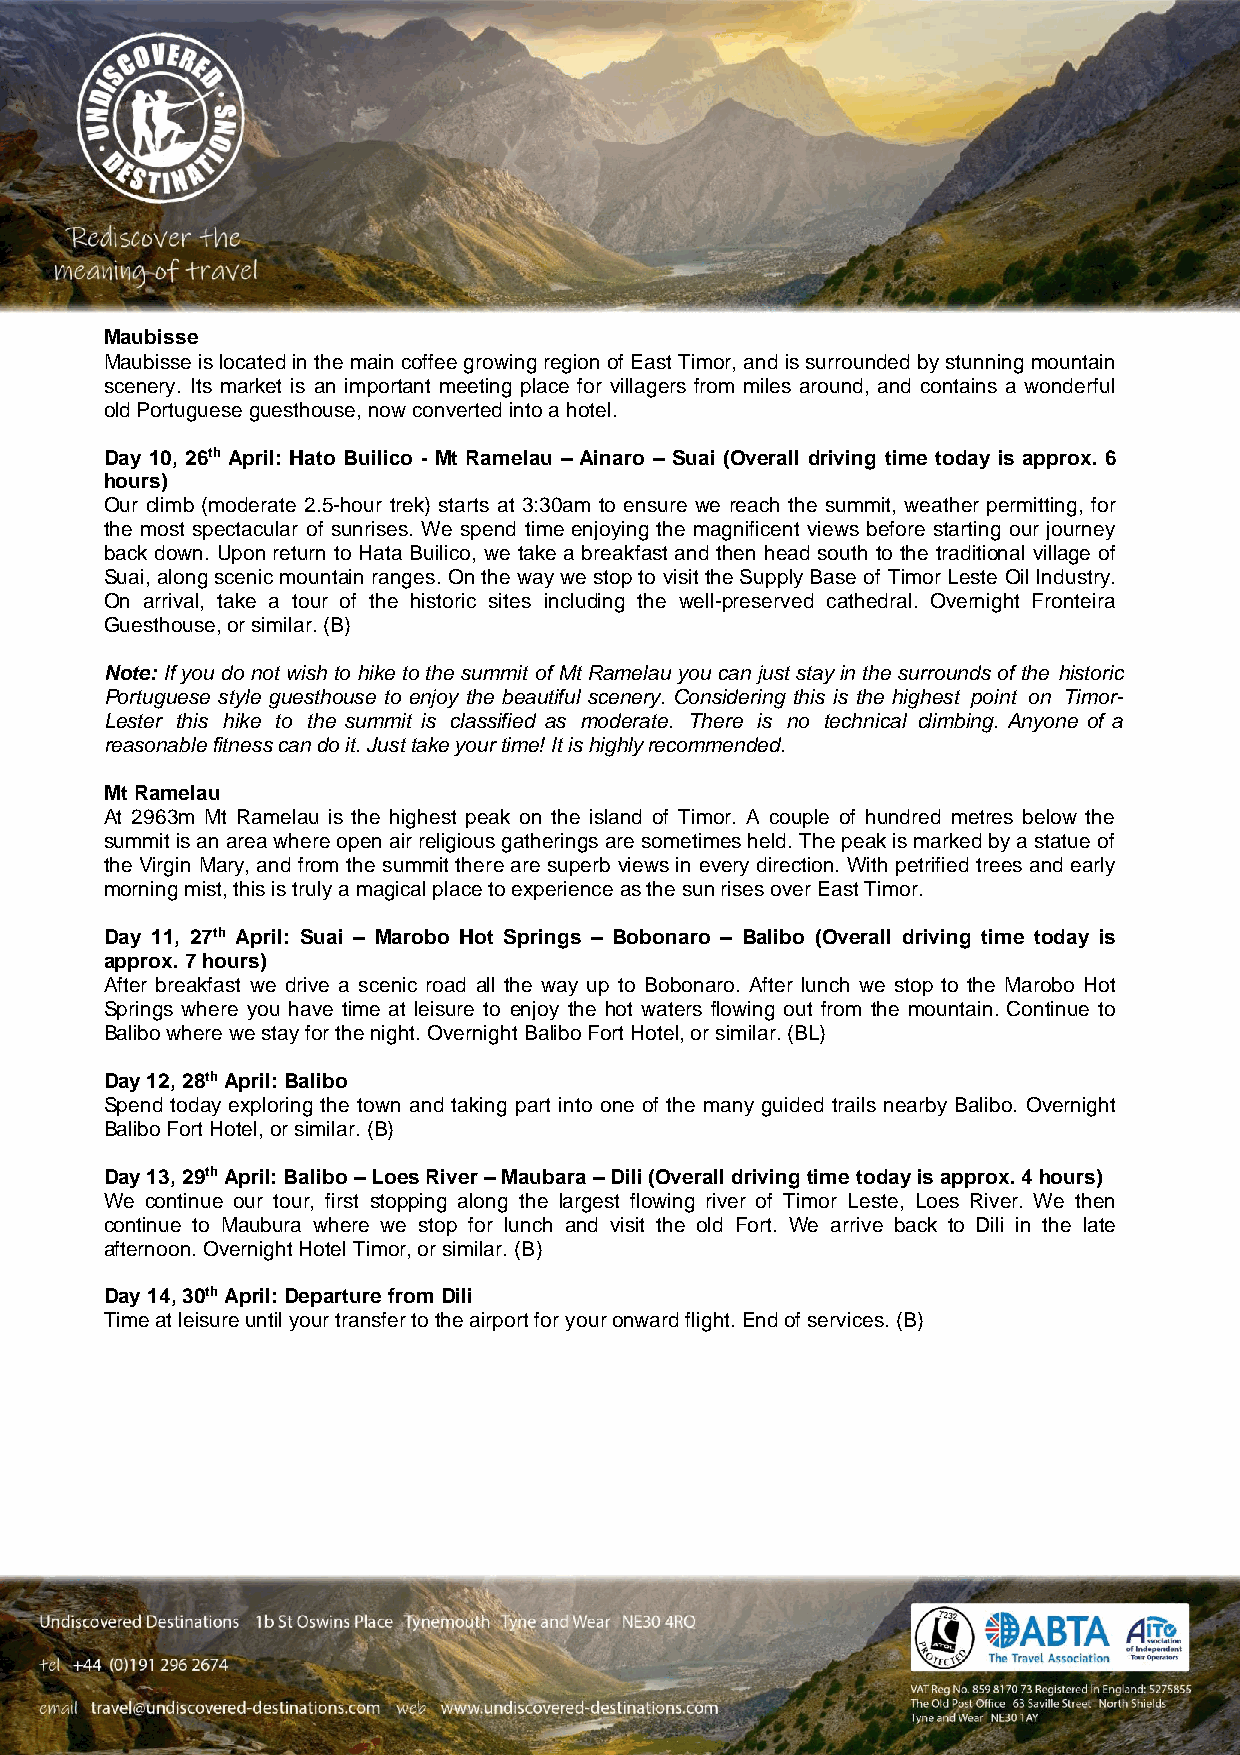
Maubisse
 Maubisse is located in the main coffee growing region of East Timor, and is surrounded by stunning mountain
 scenery. Its market is an important meeting place for villagers from miles around, and contains a wonderful
 old Portuguese guesthouse, now converted into a hotel.
 Day 10, 26th April: Hato Builico - Mt Ramelau – Ainaro – Suai (Overall driving time today is approx. 6
 hours)
 Our climb (moderate 2.5-hour trek) starts at 3:30am to ensure we reach the summit, weather permitting, for
 the most spectacular of sunrises. We spend time enjoying the magnificent views before starting our journey
 back down. Upon return to Hata Builico, we take a breakfast and then head south to the traditional village of
 Suai, along scenic mountain ranges. On the way we stop to visit the Supply Base of Timor Leste Oil Industry.
 On arrival, take a tour of the historic sites including the well-preserved cathedral. Overnight Fronteira
 Guesthouse, or similar. (B)
 Note: If you do not wish to hike to the summit of Mt Ramelau you can just stay in the surrounds of the historic
 Portuguese style guesthouse to enjoy the beautiful scenery. Considering this is the highest point on Timor-
 Lester this hike to the summit is classified as moderate. There is no technical climbing. Anyone of a
 reasonable fitness can do it. Just take your time! It is highly recommended.
 Mt Ramelau
 At 2963m Mt Ramelau is the highest peak on the island of Timor. A couple of hundred metres below the
 summit is an area where open air religious gatherings are sometimes held. The peak is marked by a statue of
 the Virgin Mary, and from the summit there are superb views in every direction. With petrified trees and early
 morning mist, this is truly a magical place to experience as the sun rises over East Timor.
 Day 11, 27th April: Suai – Marobo Hot Springs – Bobonaro – Balibo (Overall driving time today is
 approx. 7 hours)
 After breakfast we drive a scenic road all the way up to Bobonaro. After lunch we stop to the Marobo Hot
 Springs where you have time at leisure to enjoy the hot waters flowing out from the mountain. Continue to
 Balibo where we stay for the night. Overnight Balibo Fort Hotel, or similar. (BL)
 Day 12, 28th April: Balibo
 Spend today exploring the town and taking part into one of the many guided trails nearby Balibo. Overnight
 Balibo Fort Hotel, or similar. (B)
 Day 13, 29th April: Balibo – Loes River – Maubara – Dili (Overall driving time today is approx. 4 hours)
 We continue our tour, first stopping along the largest flowing river of Timor Leste, Loes River. We then
 continue to Maubura where we stop for lunch and visit the old Fort. We arrive back to Dili in the late
 afternoon. Overnight Hotel Timor, or similar. (B)
 Day 14, 30th April: Departure from Dili
 Time at leisure until your transfer to the airport for your onward flight. End of services. (B)